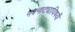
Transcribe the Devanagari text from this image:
नवनाट्याविषयी